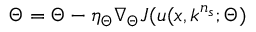
\Theta = \Theta - \eta _ { \Theta } \nabla _ { \Theta } J ( u ( \boldsymbol { x } , \boldsymbol { k } ^ { n _ { s } } ; \Theta )